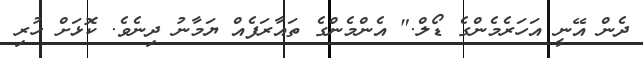
ދެން އޭނީ އަހަރެމެންގެ ޑޯލް." އެންމެންގެ ތައާރަފެއް ޔަމާނު ދިނެވެ. ކޮޅަށް ހުރި